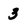
Character: 3